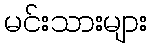
မင်းသားများ